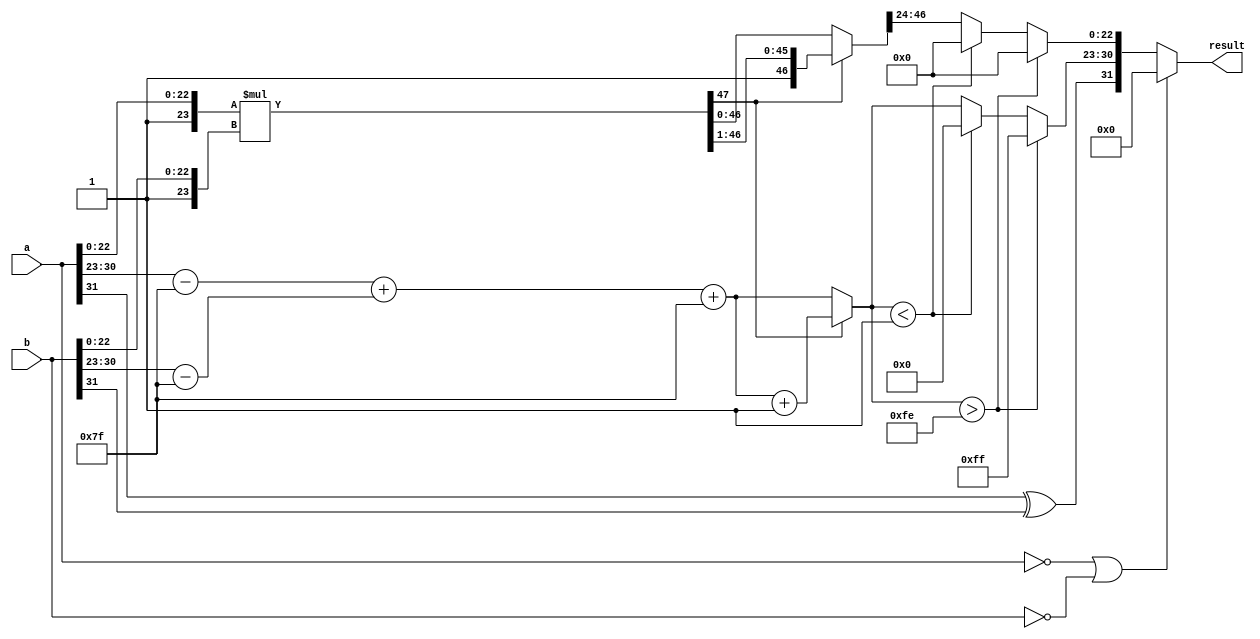
module fp_multiplier (
    input [31:0] a,     // First floating-point input
    input [31:0] b,     // Second floating-point input
    output reg [31:0] result // Resulting floating-point output
);

    // IEEE 754 components
    wire sign_a = a[31];
    wire sign_b = b[31];
    wire [7:0] exp_a = a[30:23];
    wire [7:0] exp_b = b[30:23];
    wire [22:0] mant_a = a[22:0];
    wire [22:0] mant_b = b[22:0];

    // Adjusted exponents
    wire signed [8:0] exp_a_adj = exp_a - 8'd127; // Subtract bias (127 for single-precision)
    wire signed [8:0] exp_b_adj = exp_b - 8'd127;

    // Result components
    reg sign_result;
    reg [7:0] exp_result;
    reg [47:0] mant_result; // 23 + 23 = 46 bits for multiplication, plus 1 for normalization

    // Zero handling
    always @(*) begin
        if (a == 32'b0 || b == 32'b0) begin
            result = 32'b0; // If either input is zero, the result is zero
        end else begin
            // Calculate sign
            sign_result = sign_a ^ sign_b;

            // Calculate exponent
            exp_result = exp_a_adj + exp_b_adj + 8'd127; // Add bias back

            // Calculate mantissa
            mant_result = {1'b1, mant_a} * {1'b1, mant_b}; // Implicit leading 1 for normalized numbers

            // Normalize the mantissa
            if (mant_result[47]) begin
                // If the result is greater than 1.0 (i.e., the 47th bit is 1)
                mant_result = mant_result >> 1; // Shift right
                exp_result = exp_result + 1; // Increment exponent
            end

            // Handle overflow of exponent
            if (exp_result > 8'd254) begin
                exp_result = 8'd255; // Set to infinity
                mant_result = 48'b0; // Clear mantissa for infinity
            end else if (exp_result < 8'd1) begin
                exp_result = 8'd0; // Set to zero
                mant_result = 48'b0; // Clear mantissa for zero
            end else begin
                mant_result = mant_result[46:24]; // Truncate mantissa to 23 bits
            end

            // Construct the result
            result = {sign_result, exp_result, mant_result[22:0]};
        end
    end
endmodule